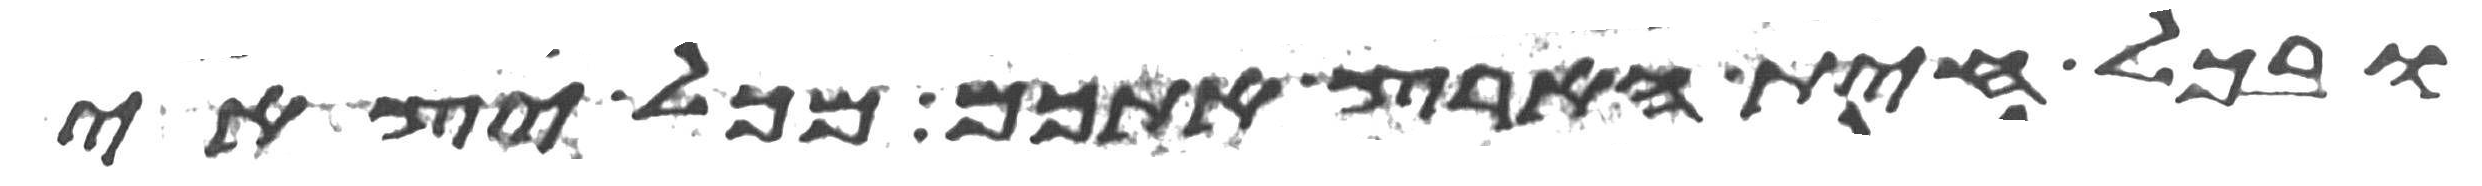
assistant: ובכל חית הארץ אתכם מכל יצאי